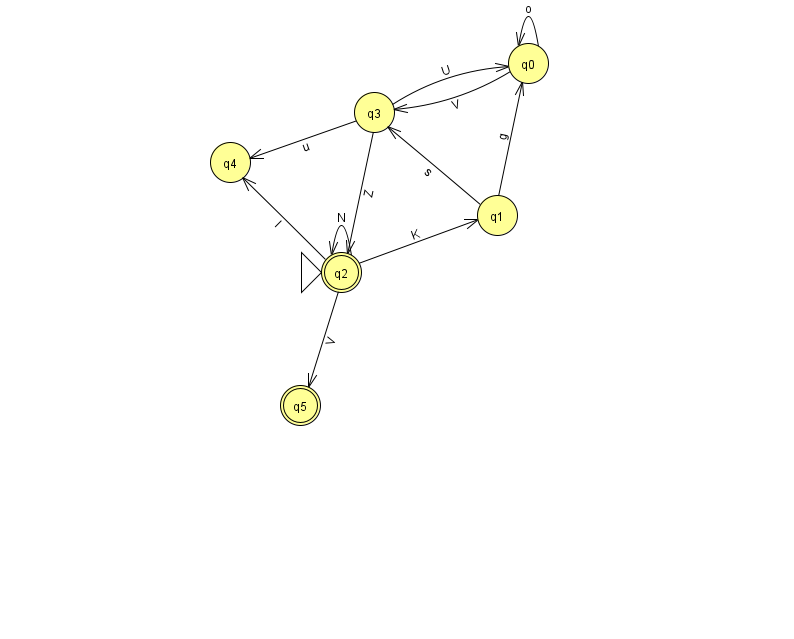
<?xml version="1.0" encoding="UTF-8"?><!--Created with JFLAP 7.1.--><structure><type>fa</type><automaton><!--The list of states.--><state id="0" name="q0"><x>528.0</x><y>50.0</y></state><state id="1" name="q1"><x>497.0</x><y>202.0</y></state><state id="2" name="q2"><x>341.0</x><y>259.0</y><initial/><final/></state><state id="3" name="q3"><x>374.0</x><y>99.0</y></state><state id="4" name="q4"><x>230.0</x><y>149.0</y></state><state id="5" name="q5"><x>300.0</x><y>392.0</y><final/></state><!--The list of transitions.--><transition><from>2</from><to>4</to><read>l</read></transition><transition><from>1</from><to>3</to><read>s</read></transition><transition><from>2</from><to>5</to><read>V</read></transition><transition><from>3</from><to>0</to><read>U</read></transition><transition><from>3</from><to>2</to><read>Z</read></transition><transition><from>2</from><to>1</to><read>K</read></transition><transition><from>1</from><to>0</to><read>g</read></transition><transition><from>2</from><to>2</to><read>N</read></transition><transition><from>3</from><to>4</to><read>u</read></transition><transition><from>0</from><to>0</to><read>o</read></transition><transition><from>0</from><to>3</to><read>V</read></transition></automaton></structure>